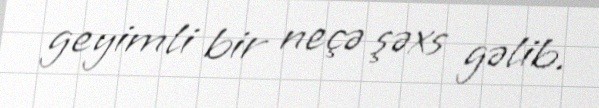
geyimli bir neçə şəxs gəlib.